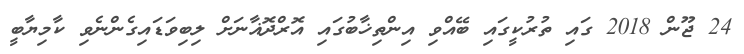
24 ޖޫން 2018 ގައި ތުރުކީގައި ބޭއްވި އިންތިޚާބުގައި އޮރްދޮޣާނަށް ލިބިވަޑައިގެންނެވި ކާމިޔާބީ